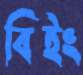
বিইং